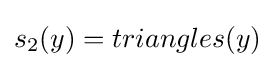
s_{2}(y)=triangles(y)